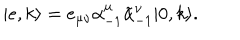
LaTeX: | e , k \rangle = e _ { \mu \nu } \alpha _ { - 1 } ^ { \mu } \tilde { \alpha } _ { - 1 } ^ { \nu } | 0 , k \rangle .